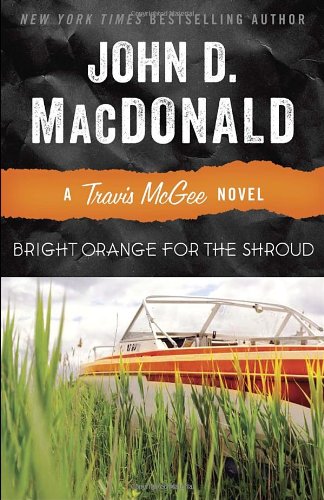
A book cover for Bright Orange for the Shroud: A Travis McGee Novel; John D. MacDonald; Mystery, Thriller & Suspense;